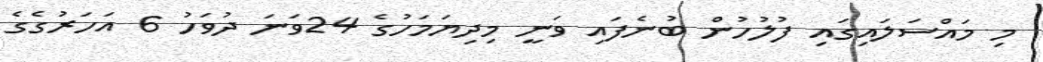
މި މައްސަލައިގައި ފުލުހުން ބުނެފައި ވަނީ މިދިޔަމަހުގެ 24ވަނަ ދުވަހު 6 އަހަރުގެގެ